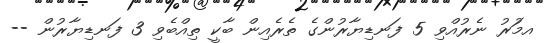
އމަުރު ނެރުއްވި 5 ފަނޑިޔާރުންގެ ތެރެއިން ބާކީ ތިއްބެވި 3 ފަނޑިޔާރުން --